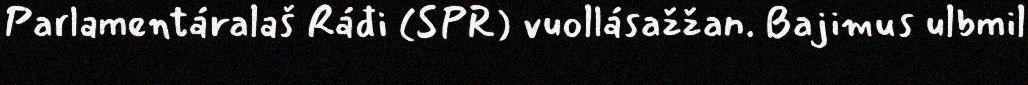
Parlamentáralaš Ráđi (SPR) vuollásažžan. Bajimus ulbmil